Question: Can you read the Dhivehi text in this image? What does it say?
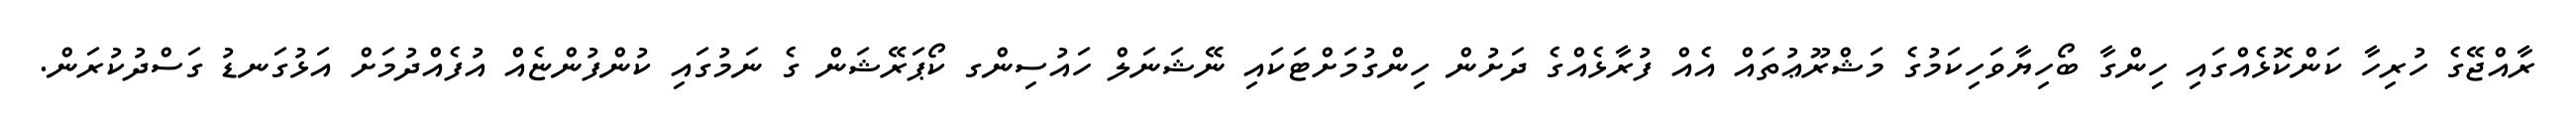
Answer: ރާއްޖޭގެ ހުރިހާ ކަންކޮޅެއްގައި ހިންގާ ބޯހިޔާވަހިކަމުގެ މަޝްރޫޢުތައް އެއް ފުރާޅެއްގެ ދަށުން ހިންގުމަށްޓަކައި ނޭޝަނަލް ހައުސިންގ ކޯޕަރޭޝަން ގެ ނަމުގައި ކުންފުންޏެއް އުފެއްދުމަށް އަޅުގަނޑު ގަސްދުކުރަން.